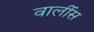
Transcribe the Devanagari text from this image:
वार्लीस